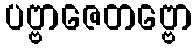
ပဗ္ဗာဇေတဗ္ဗော